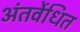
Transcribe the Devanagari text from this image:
अंतर्वेधित